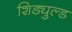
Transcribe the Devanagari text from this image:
शिड्युल्ड